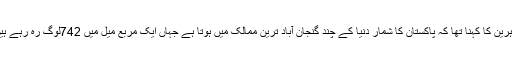
ماہرین کا کہنا تھا کہ پاکستان کا شمار دنیا کے چند گنجان آباد ترین ممالک میں ہوتا ہے جہاں ایک مربع میل میں 742لوگ رہ رہے ہیں۔